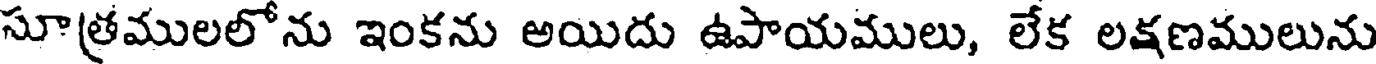
సూత్రములలోను ఇంకను అయిదు ఉపాయములు, లేక లక్షణములును